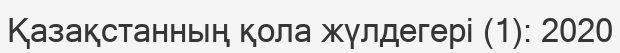
Қазақстанның қола жүлдегері (1): 2020